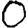
Digit: 0